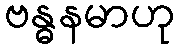
ဗန္ဓနမာဟု